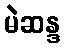
မဲဆန္ဒ